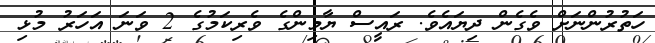
ހަތުރުންނަށް ވެގެން ދިޔައެވެ. ރައީސް ޔާމިންގެ ވެރިކަމުގެ 2 ވަނަ އަހަރު މުޅި